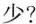
少?